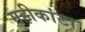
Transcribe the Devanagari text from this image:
महीकांटा